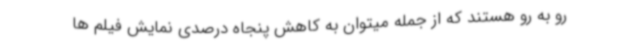
رو به رو هستند که از جمله میتوان به کاهش پنجاه درصدی نمایش فیلم ها